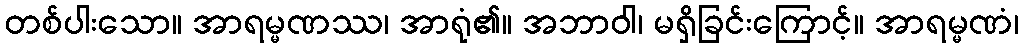
တစ်ပါးသော။ အာရမ္မဏဿ၊ အာရုံ၏။ အဘာဝါ၊ မရှိခြင်းကြောင့်။ အာရမ္မဏံ၊